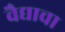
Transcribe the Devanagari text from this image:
वैद्याचा